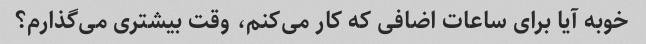
خوبه آیا برای ساعات اضافی که کار می‌کنم، وقت بیشتری می‌گذارم؟